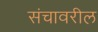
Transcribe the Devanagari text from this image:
संचावरील